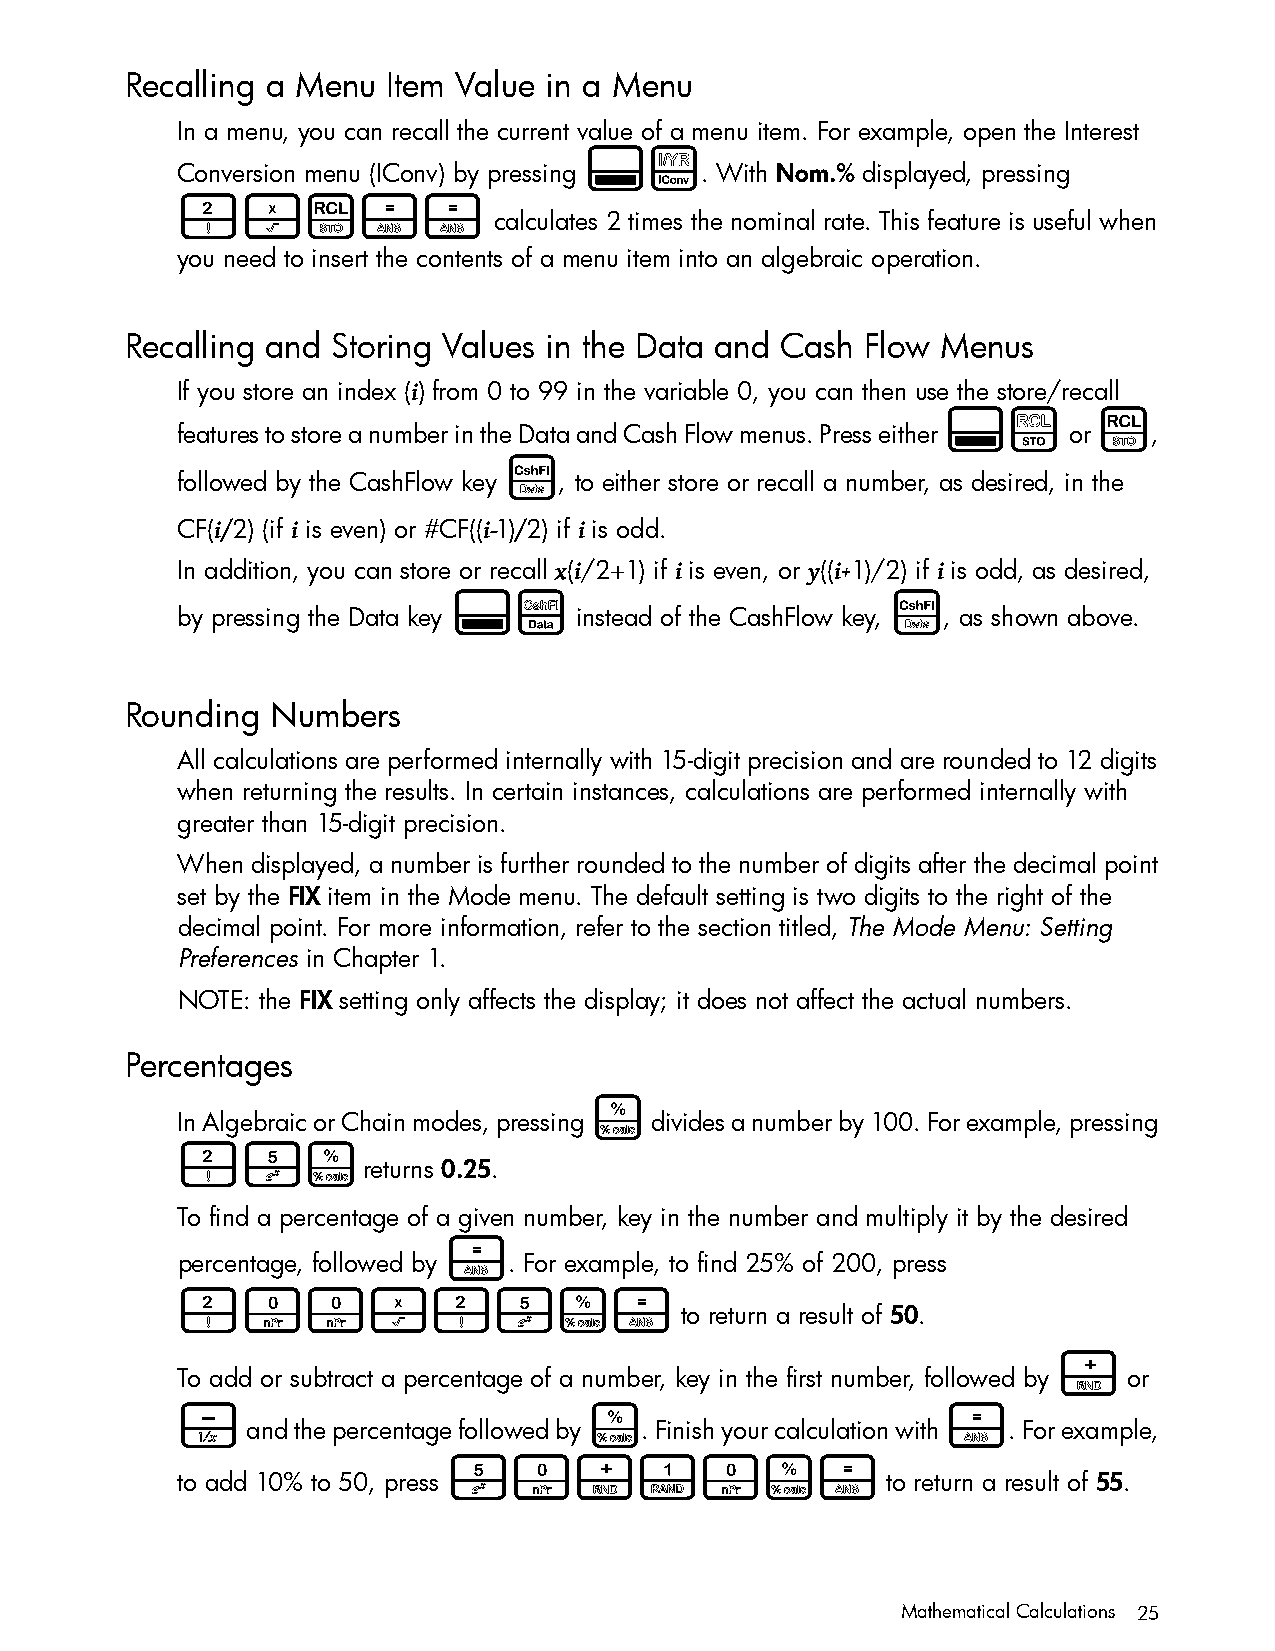
Recalling a Menu  Item Value in a Menu
 In a menu, you can recall the current value of a menu item. For example, open the Interest
 :&
 Conversion menu (IConv) by pressing . With Nom.% displayed, pressing
 2*L==
 calculates 2 times the nominal rate. This feature is useful when
 you need to insert the contents of a menu item into an algebraic operation.
 Recalling and Storing Values in the Data and Cash Flow Menus
 If you store an index (i) from 0 to 99 in the variable 0, you can then use the store/recall
 :$        L
 features to store a number in the Data and Cash Flow menus. Press either or ,
 C
 followed by the CashFlow key , to either store or recall a number, as desired, in the
 CF(i/2) (if i is even) or #CF((i-1)/2) if i is odd.
 In addition, you can store or recall x(i/2+1) if i is even, or y((i+1)/2) if i is odd, as desired,
 :y                           C
 by pressing the Data key  instead of the CashFlow key, , as shown above.
 Rounding  Numbers
 All calculations are performed internally with 15-digit precision and are rounded to 12 digits
 when returning the results. In certain instances, calculations are performed internally with
 greater than 15-digit precision.
 When displayed, a number is further rounded to the number of digits after the decimal point
 set by the FIX item in the Mode menu. The default setting is two digits to the right of the
 decimal point. For more information, refer to the section titled, The Mode Menu: Setting
 Preferences in Chapter 1.
 NOTE: the FIX setting only affects the display; it does not affect the actual numbers.
 Percentages
 %
 In Algebraic or Chain modes, pressing divides a number by 100. For example, pressing
 25%
 returns 0.25.
 To find a percentage of a given number, key in the number and multiply it by the desired
 =
 percentage, followed by . For example, to find 25% of 200, press
 200*25%=
 to return a result of 50.
 +
 To add or subtract a percentage of a number, key in the first number, followed by or
 -                          %                       =
 and the percentage followed by . Finish your calculation with . For example,
 50+10%=
 to add 10% to 50, press                        to return a result of 55.
 Mathematical Calculations 25